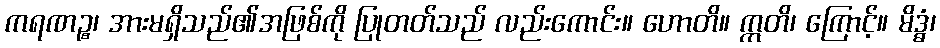
ကရဏဉ္စ၊ အားမရှိသည်၏အဖြစ်ကို ပြုတတ်သည် လည်းကောင်း။ ဟောတိ။ ဣတိ၊ ကြောင့်။ မိဒ္ဓံ၊